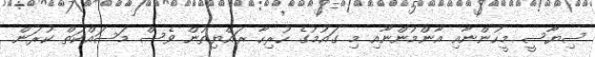
ސިޔާސީ މީހުންނާއި އާންމުންނާއި މި ގައުމުގެ ހުރިހާ ރައްޔިތުން ވެސް މަސައްކަތް ކުރަން